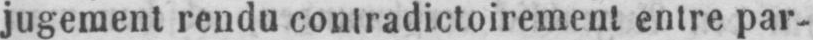
jugement rendu contradictoirement entre par-